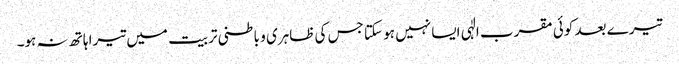
تیرے بعد کوئی مقرب الٰہی ایسا نہیں ہو سکتا جس کی ظاہری و باطنی تربیت میں تیرا ہاتھ نہ ہو۔